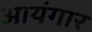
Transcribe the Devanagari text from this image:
आयंगार